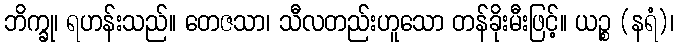
ဘိက္ခု၊ ရဟန်းသည်။ တေဇသာ၊ သီလတည်းဟူသော တန်ခိုးမီးဖြင့်။ ယဉ္စ (နရံ)၊